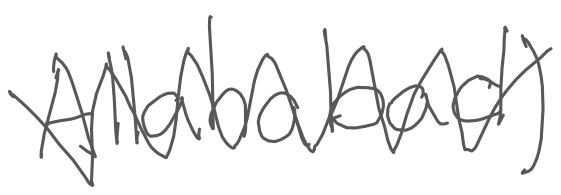
Text: Allahabad)
Cross-out: zig-zag
Writing tool: digital_gray